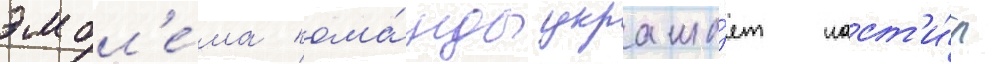
эмбл'е́ма кома́нды украша́ет наст'и́л